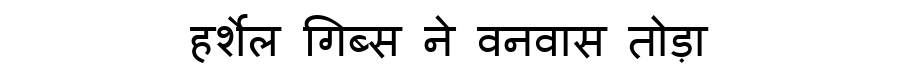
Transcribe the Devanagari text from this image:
हर्शेल गिब्स ने वनवास तोड़ा